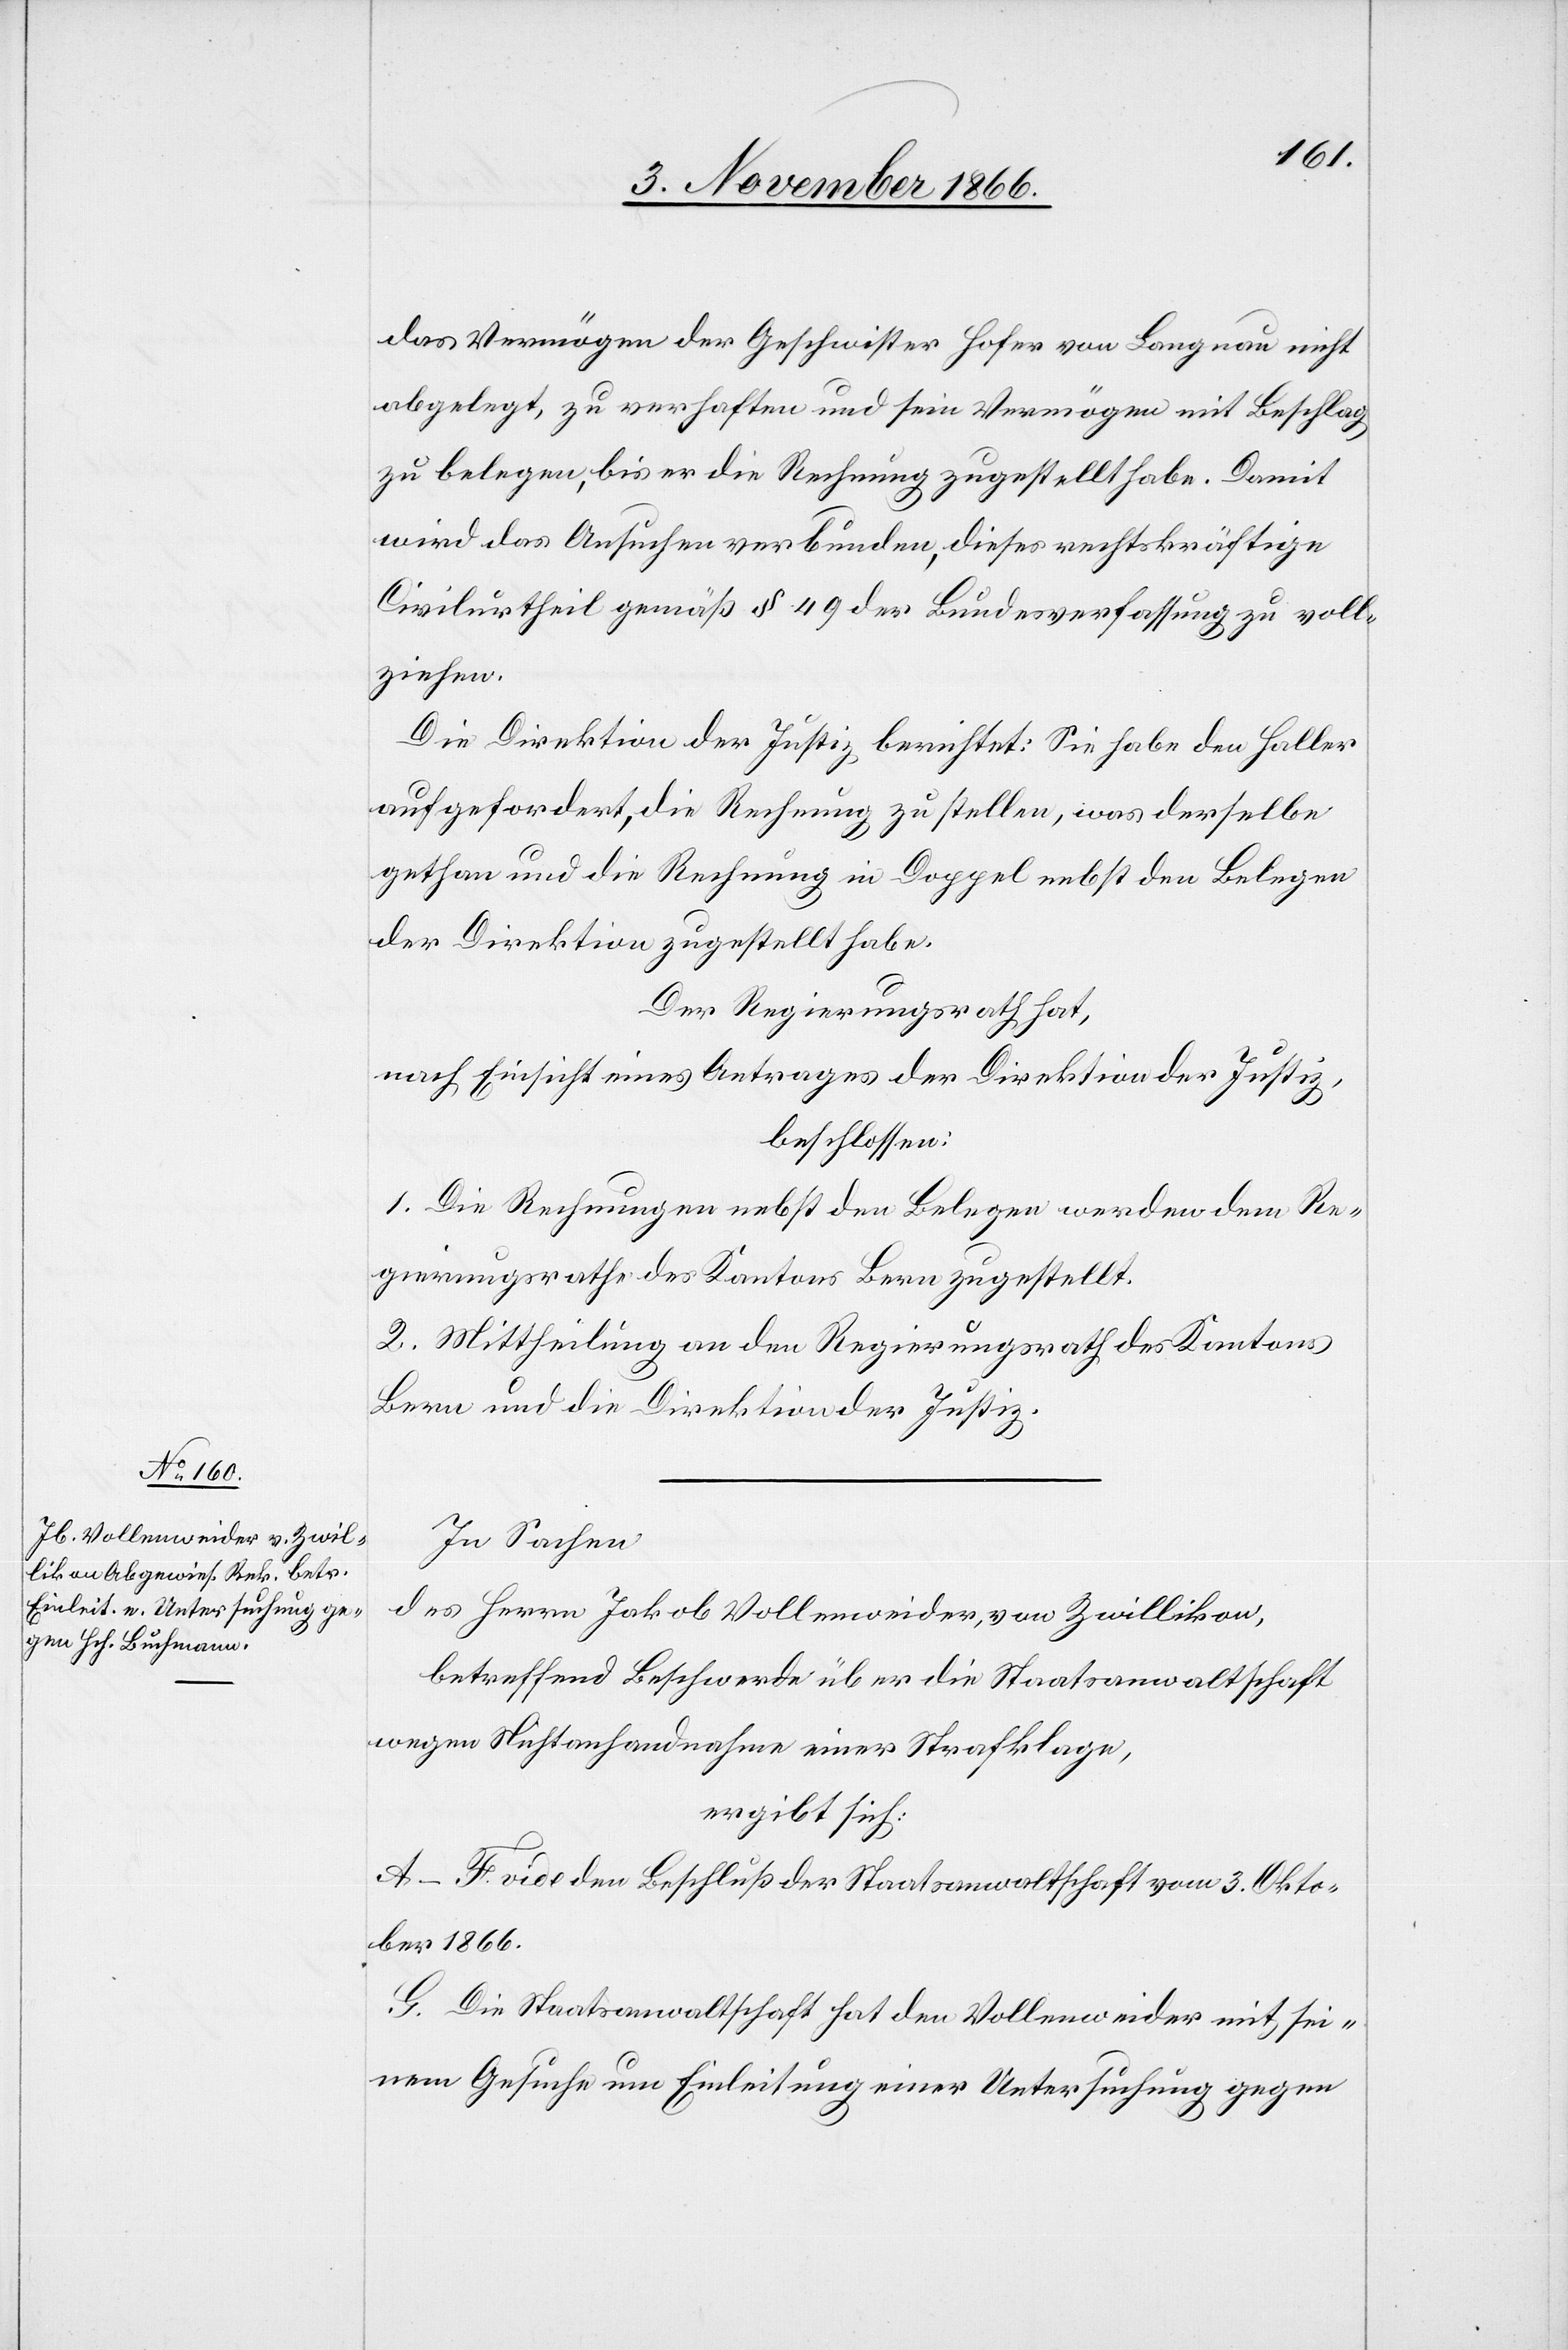
das Vermögen der Geschwister Hofer von Langnau nicht
abgelegt, zu verhaften und sein Vermögen mit Beschlag
zu belegen, bis er die Rechnung zugestellt habe. Damit
wird das Ansuchen verbunden, dieses rechtskräftige
Civilurtheil gemäß § 49 der Bundesverfassung zu voll¬
ziehen.
Die Direktion der Justiz berichtet: Sie habe den Haller
aufgefordert, die Rechnung zu stellen, was derselbe
gethan und die Rechnung in Doppel [sic!] nebst den Belegen
der Direktion zugestellt habe.
Der Regierungsrath hat,
nach Einsicht eines Antrages der Direktion der Justiz,
beschlossen:
1. Die Rechnungen nebst den Belegen werden dem Re¬
gierungsrathe des Kantons Bern zugestellt.
2. Mittheilung an den Regierungsrath des Kantons
Bern und die Direktion der Justiz.
In Sachen
des Herrn Jakob Vollenweider, von Zwillikon,
betreffend Beschwerde über die Staatsanwaltschaft
wegen Nichtanhandnahme einer Strafklage,
ergibt sich:
A–F. vide den Beschluß der Staatsanwaltschaft vom 3. Okto¬
ber 1866.
G. Die Staatsanwaltschaft hat den Vollenweider mit sei¬
nem Gesuche um Einleitung einer Untersuchung gegen